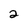
Character: 2